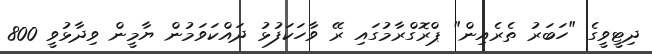
ދިޓީވީގެ "ހަބަރު ތެރެއިން" ޕްރޮގްރާމުގައި ރޭ ވާހަކަފުޅު ދައްކަވަމުން ޔާމީން ވިދާޅުވީ 800